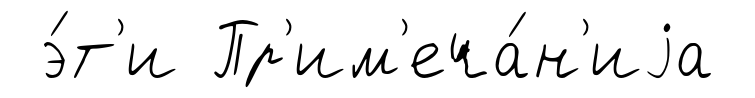
э́т'и Пр'им'еча́н'иjа